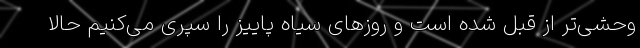
وحشی‌تر از قبل شده است و روز‌های سیاه پاییز را سپری می‌کنیم حالا